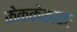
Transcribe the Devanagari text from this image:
केककेकाकः